Subject: math
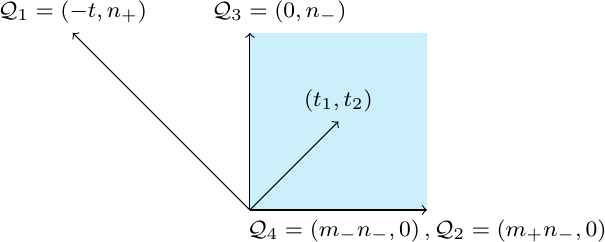
LaTeX code:
\begin{tikzpicture}[font = \footnotesize, scale =0.75]
\fill [cyan, opacity=0.2] (0,0)--(3,0)--(3,3)--(0,3)--(0,0);
\draw[->] (0,0)--(3,0) node[below] {$\mathcal{Q}_4=(m_- n_-,0) \, , \mathcal{Q}_2=(m_+ n_-,0)$};
\draw[->] (0,0)--(0,3) node[above ] {$\,\,\,\qquad \mathcal{Q}_3=(0,n_-)$};
\draw[->] (0,0)--(-3,3) node[above ] {$\mathcal{Q}_1=(-t,n_+)$};
\draw[->] (0,0)--(1.5,1.5) node[above] {$(t_1,t_2)$};
\end{tikzpicture}